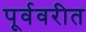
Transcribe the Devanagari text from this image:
पूर्ववरीत